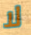
لا